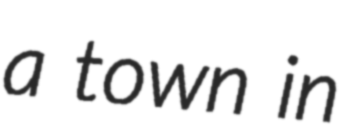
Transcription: a town in